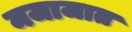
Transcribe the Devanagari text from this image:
मजाजात